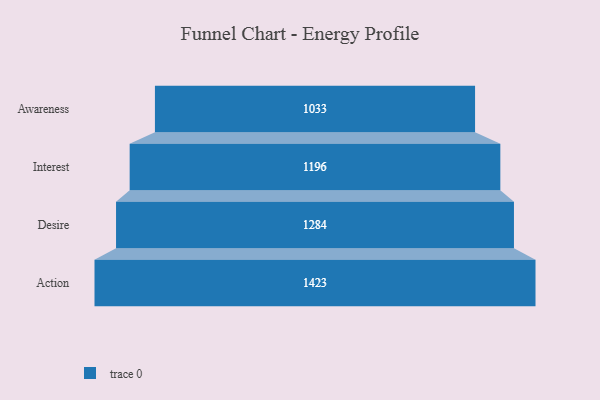
{"axis": {"x": "Stage", "y": "Value"}, "legend": [""], "data": [{"x": "Awareness", "y": 1033.0, "type": ""}, {"x": "Interest", "y": 1196.0, "type": ""}, {"x": "Desire", "y": 1284.0, "type": ""}, {"x": "Action", "y": 1423.0, "type": ""}]}